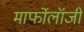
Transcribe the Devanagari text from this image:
मार्फोलॉजी